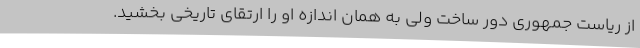
از ریاست جمهوری دور ساخت ولی به همان اندازه او را ارتقای تاریخی بخشید.